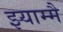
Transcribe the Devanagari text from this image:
झ्याम्मै